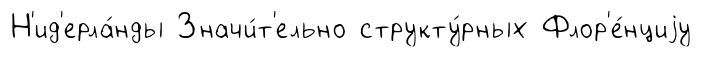
Н'ид'ерла́нды Значи́т'ельно структу́рных Флор'е́нциjу